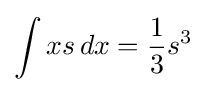
\int xs\,dx={\frac {1}{3}}s^{3}